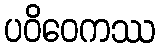
ပဝိဝေကဿ